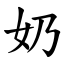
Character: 奶